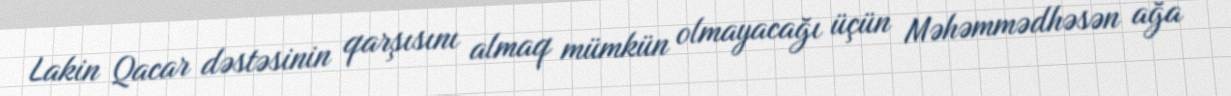
Lakin Qacar dəstəsinin qarşısını almaq mümkün olmayacağı üçün Məhəmmədhəsən ağa